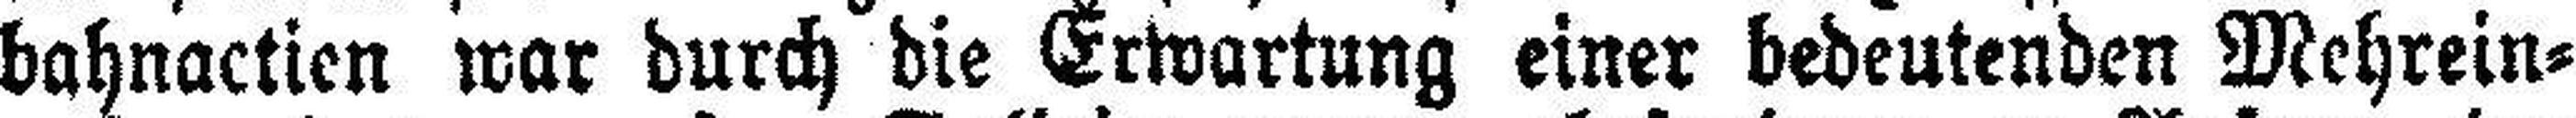
bahnactien war durch die Erwartung einer bedeutenden Mehrein¬